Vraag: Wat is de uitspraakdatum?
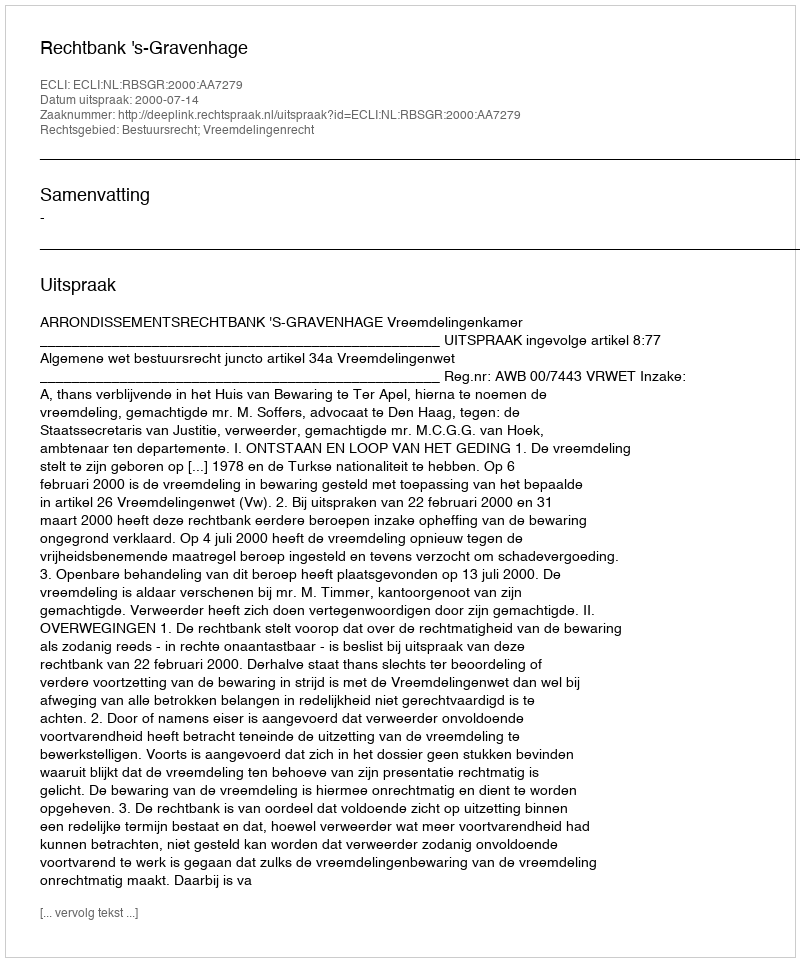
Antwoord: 2000-07-14